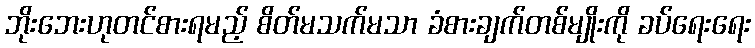
ဘိုးဘေးဟုတင်စားရမည့် စိတ်မသက်မသာ ခံစားချက်တစ်မျိုးကို ခပ်ရေးရေး